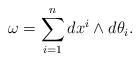
LaTeX: \begin{align*}\omega=\sum_{i=1}^n dx^i\wedge d\theta_i.\end{align*}